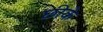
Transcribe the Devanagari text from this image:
छीके